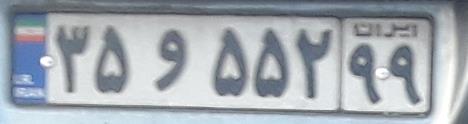
۳۵و۵۵۲۹۹